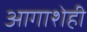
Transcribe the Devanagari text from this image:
आगाशेही